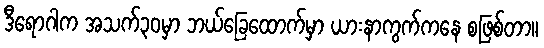
ဒီရောဂါက အသက်၃၀မှာ ဘယ်ခြေထောက်မှာ ယားနာကွက်ကနေ စဖြစ်တာ။